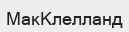
МакКлелланд